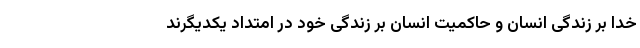
خدا بر زندگی انسان و حاکمیت انسان بر زندگی خود در امتداد یکدیگرند